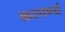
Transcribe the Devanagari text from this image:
करपण्यं